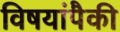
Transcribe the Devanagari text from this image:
विषयांपैकी